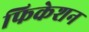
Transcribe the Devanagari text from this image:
फिकेशन